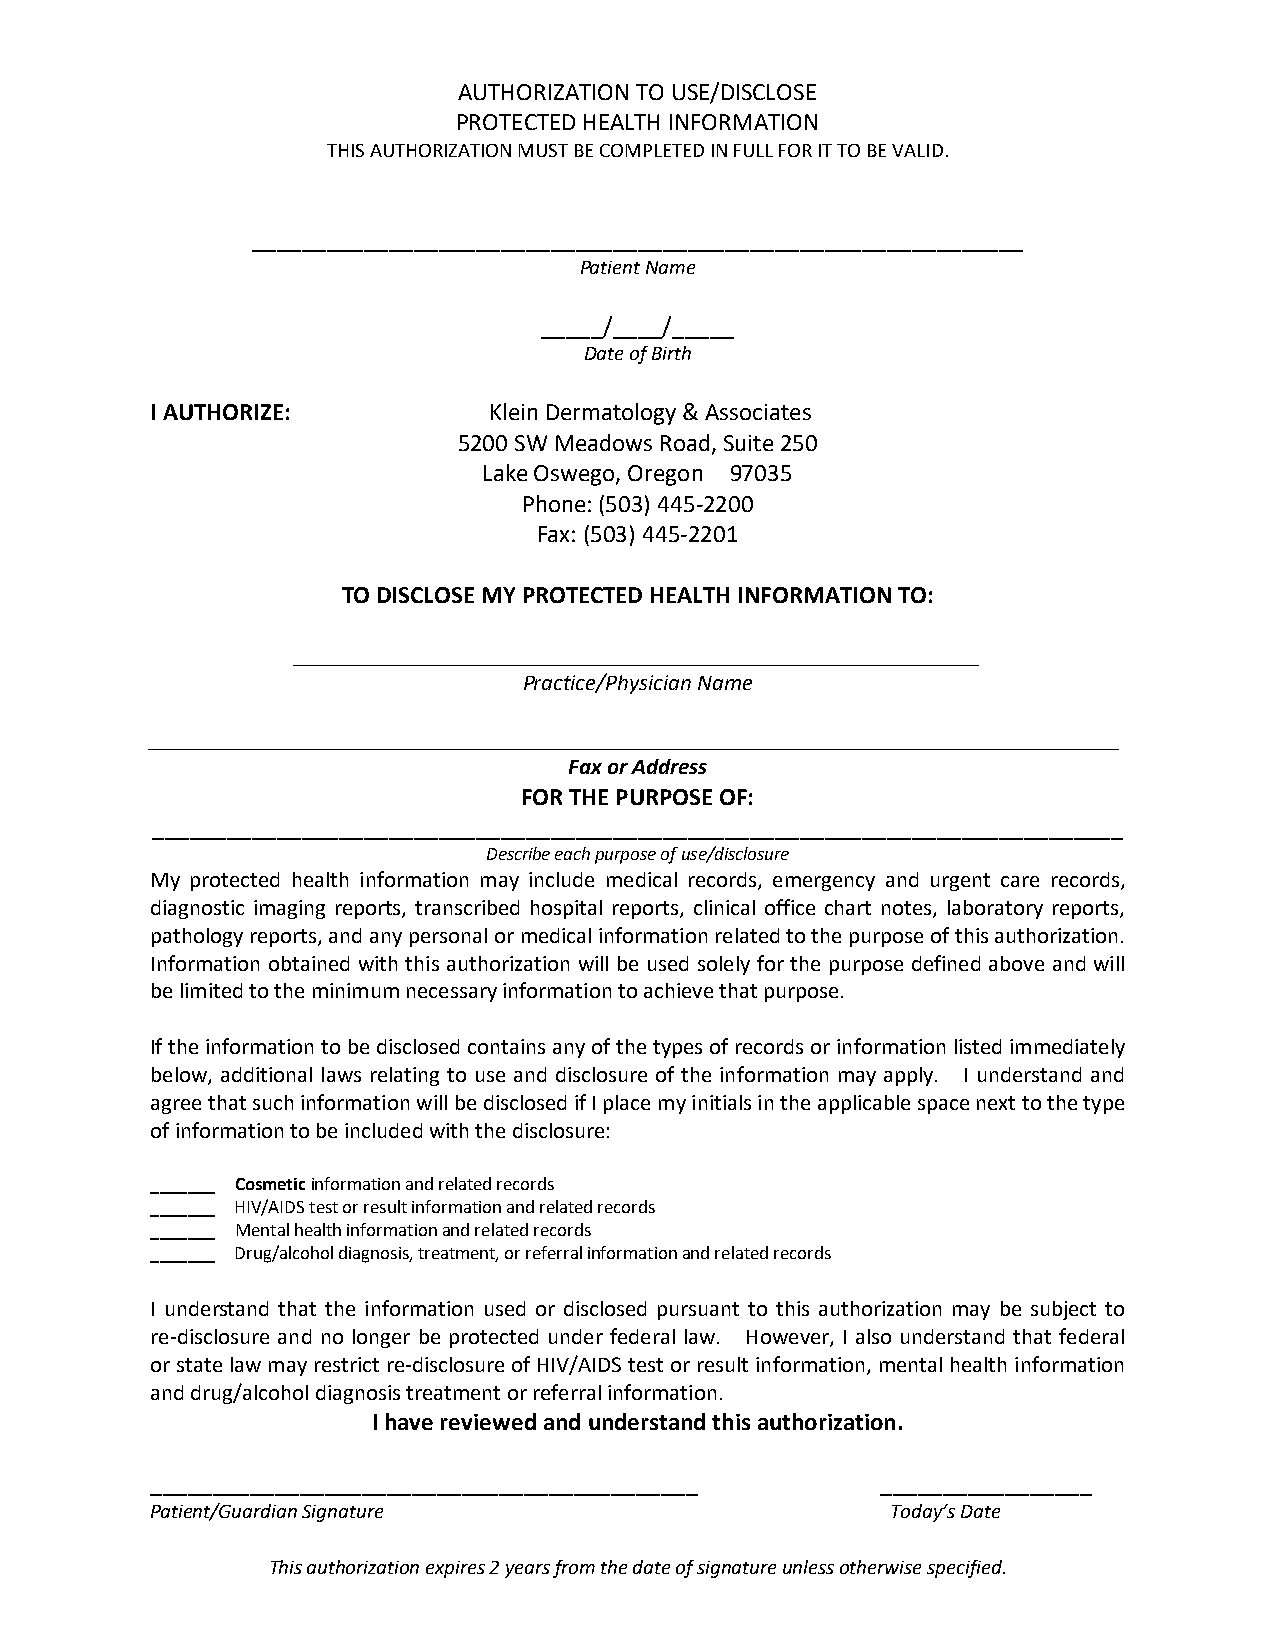
AUTHORIZATION TO USE/DISCLOSE
 PROTECTED HEALTH INFORMATION
 THIS AUTHORIZATION MUST BE COMPLETED IN FULL FOR IT TO BE VALID.
 ______________________________________________________________
 Patient Name
 _____/____/_____
 Date of Birth
 I AUTHORIZE:          Klein Dermatology & Associates
 5200 SW Meadows Road, Suite 250
 Lake Oswego, Oregon 97035
 Phone: (503) 445-2200
 Fax: (503) 445-2201
 TO DISCLOSE MY PROTECTED HEALTH INFORMATION TO:
 ____________________________________________________________
 Practice/Physician Name
 _____________________________________________________________________________________
 Fax or Address
 FOR THE PURPOSE OF:
 ______________________________________________________________________________
 Describe each purpose of use/disclosure
 My protected health information may include medical records, emergency and urgent care records,
 diagnostic imaging reports, transcribed hospital reports, clinical office chart notes, laboratory reports,
 pathology reports, and any personal or medical information related to the purpose of this authorization.
 Information obtained with this authorization will be used solely for the purpose defined above and will
 be limited to the minimum necessary information to achieve that purpose.
 If the information to be disclosed contains any of the types of records or information listed immediately
 below, additional laws relating to use and disclosure of the information may apply. I understand and
 agree that such information will be disclosed if I place my initials in the applicable space next to the type
 of information to be included with the disclosure:
 _______ Cosmetic information and related records
 _______ HIV/AIDS test or result information and related records
 _______ Mental health information and related records
 _______ Drug/alcohol diagnosis, treatment, or referral information and related records
 I understand that the information used or disclosed pursuant to this authorization may be subject to
 re-disclosure and no longer be protected under federal law. However, I also understand that federal
 or state law may restrict re-disclosure of HIV/AIDS test or result information, mental health information
 and drug/alcohol diagnosis treatment or referral information.
 I have reviewed and understand this authorization.
 ____________________________________________    _________________
 Patient/Guardian Signature                       Today’s Date
 This authorization expires 2 years from the date of signature unless otherwise specified.